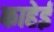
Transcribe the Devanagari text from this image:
काहेई